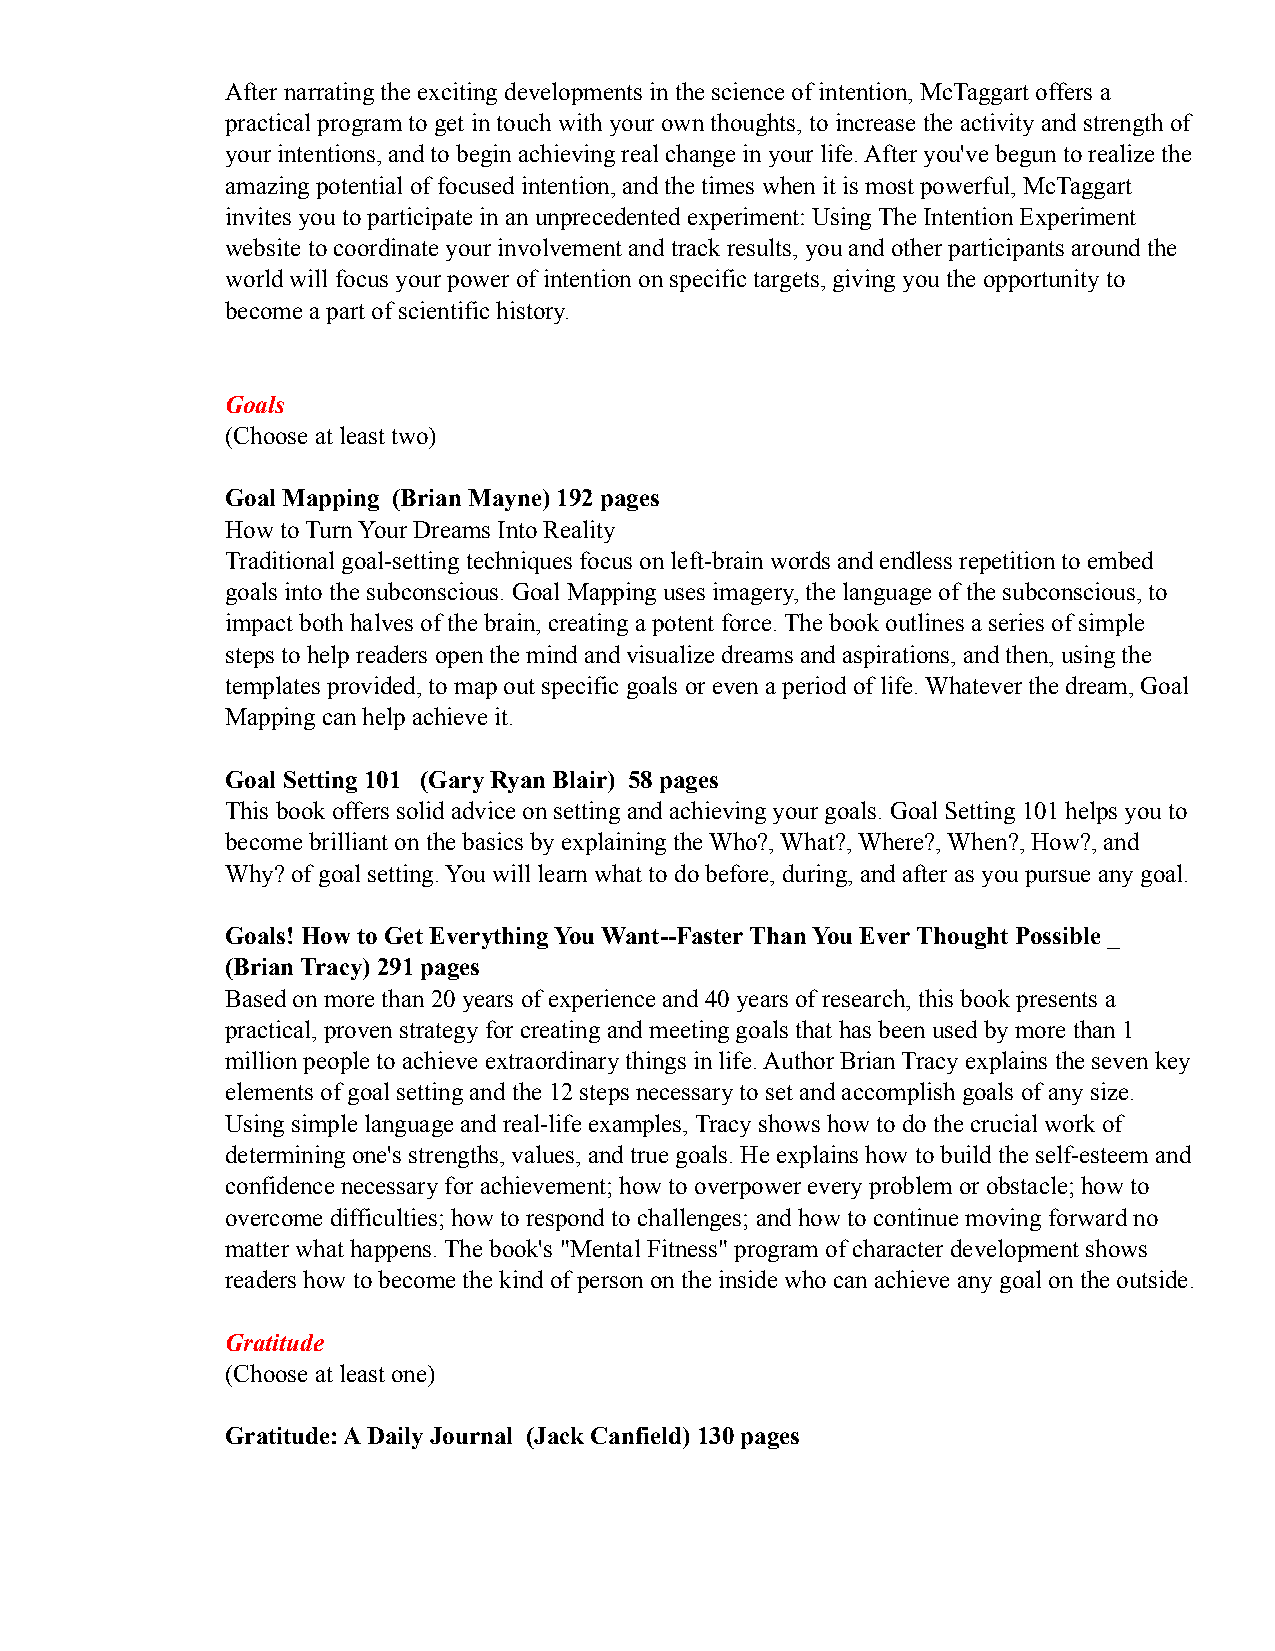
After narrating the exciting developments in the science of intention, McTaggart offers a
 practical program to get in touch with your own thoughts, to increase the activity and strength of
 your intentions, and to begin achieving real change in your life. After you've begun to realize the
 amazing potential of focused intention, and the times when it is most powerful, McTaggart
 invites you to participate in an unprecedented experiment: Using The Intention Experiment
 website to coordinate your involvement and track results, you and other participants around the
 world will focus your power of intention on specific targets, giving you the opportunity to
 become a part of scientific history.
 Goals
 (Choose at least two)
 Goal Mapping (Brian Mayne) 192 pages
 How to Turn Your Dreams Into Reality
 Traditional goal-setting techniques focus on left-brain words and endless repetition to embed
 goals into the subconscious. Goal Mapping uses imagery, the language of the subconscious, to
 impact both halves of the brain, creating a potent force. The book outlines a series of simple
 steps to help readers open the mind and visualize dreams and aspirations, and then, using the
 templates provided, to map out specific goals or even a period of life. Whatever the dream, Goal
 Mapping can help achieve it.
 Goal Setting 101 (Gary Ryan Blair) 58 pages
 This book offers solid advice on setting and achieving your goals. Goal Setting 101 helps you to
 become brilliant on the basics by explaining the Who?, What?, Where?, When?, How?, and
 Why? of goal setting. You will learn what to do before, during, and after as you pursue any goal.
 Goals! How to Get Everything You Want--Faster Than You Ever Thought Possible _
 (Brian Tracy) 291 pages
 Based on more than 20 years of experience and 40 years of research, this book presents a
 practical, proven strategy for creating and meeting goals that has been used by more than 1
 million people to achieve extraordinary things in life. Author Brian Tracy explains the seven key
 elements of goal setting and the 12 steps necessary to set and accomplish goals of any size.
 Using simple language and real-life examples, Tracy shows how to do the crucial work of
 determining one's strengths, values, and true goals. He explains how to build the self-esteem and
 confidence necessary for achievement; how to overpower every problem or obstacle; how to
 overcome difficulties; how to respond to challenges; and how to continue moving forward no
 matter what happens. The book's "Mental Fitness" program of character development shows
 readers how to become the kind of person on the inside who can achieve any goal on the outside.
 Gratitude
 (Choose at least one)
 Gratitude: A Daily Journal (Jack Canfield) 130 pages